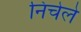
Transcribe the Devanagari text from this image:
निचेले